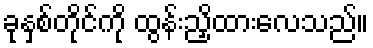
ခုနှစ်တိုင်ကို ထွန်းညှိထားလေသည်။